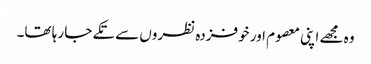
وہ مجھے اپنی معصوم اور خوفزدہ نظروں سے تکے جا رہا تھا۔